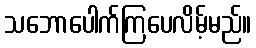
သဘောပေါက်ကြပေလိမ့်မည်။